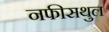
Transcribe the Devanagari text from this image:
नफीसथुल